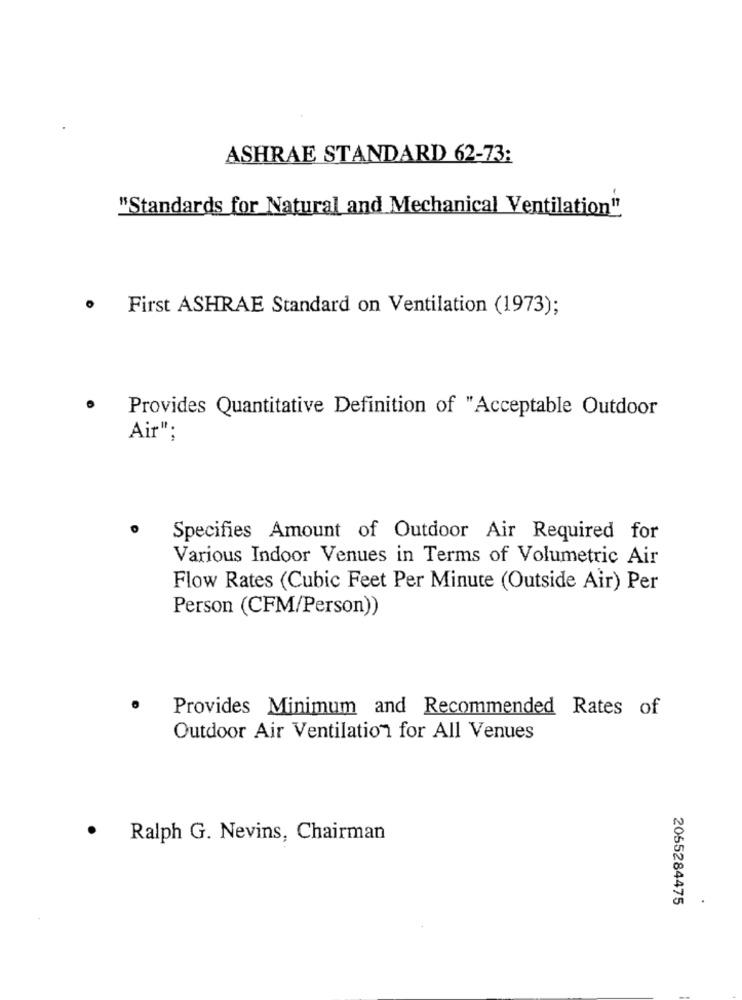
ASHRAE STANDARD 62-73:
"Standards for Natural and Mechanical Ventilation"
· First ASHRAE Standard on Ventilation (1973);
.
Provides Quantitative Definition of "Acceptable Outdoor
Air";
Specifies Amount of Outdoor Air Required for
Various Indoor Venues in Terms of Volumetric Air
Flow Rates (Cubic Feet Per Minute (Outside Air) Per
Person (CFM/Person))
Provides Minimum and Recommended Rates of
Outdoor Air Ventilation for All Venues
.
Ralph G. Nevins, Chairman
2055284475
.